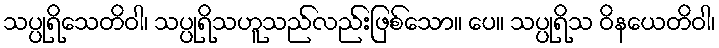
သပ္ပုရိသေတိဝါ၊ သပ္ပုရိသဟူသည်လည်းဖြစ်သော။ ပေ။ သပ္ပုရိသ ဝိနယေတိဝါ၊